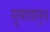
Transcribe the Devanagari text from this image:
सुमात्रानुस